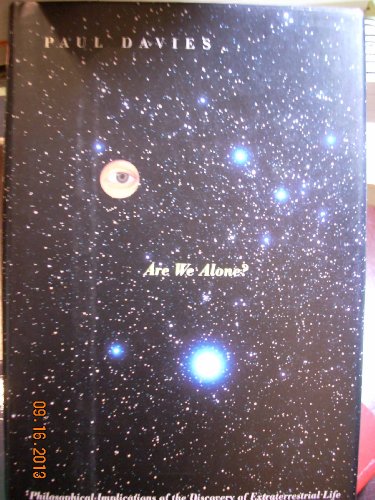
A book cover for Are We Alone?: Philosophical Implications Of The Life Of Discovery Of Extraterrestrial Life; Paul Davies; Science & Math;